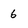
Character: 6